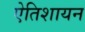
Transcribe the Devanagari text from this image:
एेतिशायन